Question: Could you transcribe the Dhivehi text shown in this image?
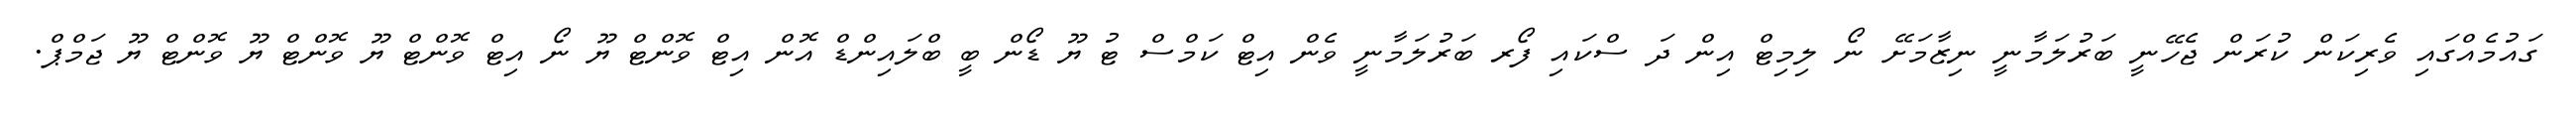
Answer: ގައުމެއްގައި ވެރިކަން ކުރަން ޖެހޭނީ ބަރުލަމާނީ ނިޒާމަށޭ ނޯ ލިމިޓް އިން ދަ ސްކައި ފޯރ ބަރުލަމާނީ ވެން އިޓް ކަމްސް ޓު ޔޫ ޑޯން ބީ ބްލައިންޑް އޮން އިޓް ވޮންޓް ޔޫ ނޯ އިޓް ވޮންޓް ޔޫ ވޮންޓް ޔޫ ވޮންޓް ޔޫ ޖަމްޕް.